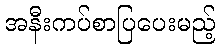
အနီးကပ်စာပြပေးမည့်